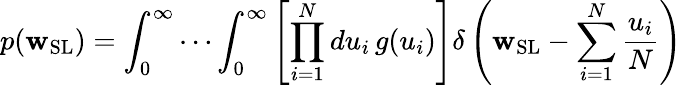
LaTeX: p(\mathbf{w}_{\mathrm{{SL}}})=\int_{0}^{\infty}\cdots\int_{0}^{\infty}\left[\prod_{i=1}^{N}du_{i}\, g(u_{i})\right]\delta\left(\mathbf{w}_{\mathrm{{SL}}}-\sum_{i=1}^{N}\frac{{u_{i}}}{{N}}\right)